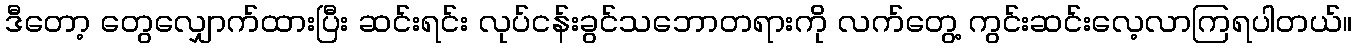
ဒီတော့ တွေလျှောက်ထားပြီး ဆင်းရင်း လုပ်ငန်းခွင်သဘောတရားကို လက်တွေ့ ကွင်းဆင်းလေ့လာကြရပါတယ်။